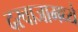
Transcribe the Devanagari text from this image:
दरवाजामध्ये